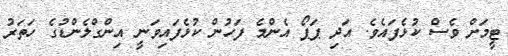
ޓީމަށް ވެސް ކުޅެފައެވެ. އަދި ޕަޕޯ އެންމެ ފަހުން ކުޅެފައިވަނީ އިންގްލެންޑުގެ ހަތަރު